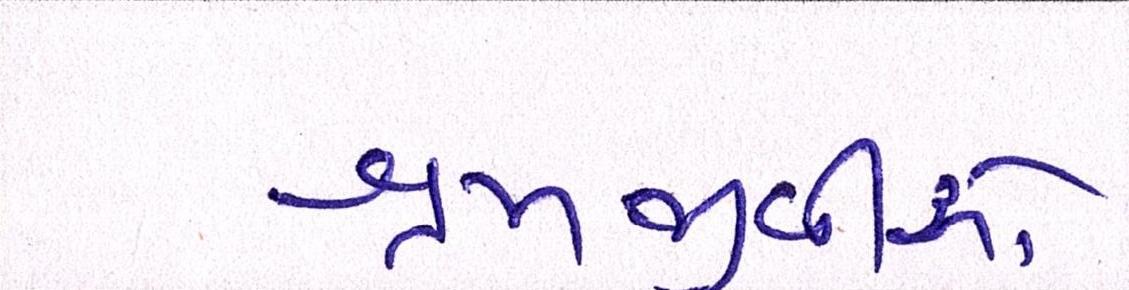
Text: શ્રમજીવીઓ